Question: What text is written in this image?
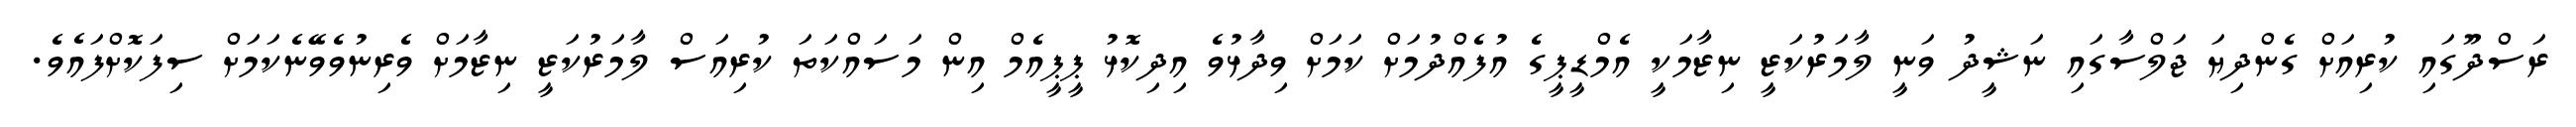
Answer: ރަސްދޫގައި ކުރިއަށް ގެންދިޔަ ޖަލްސާގައި ނަޝީދު ވަނީ ލާމަރުކަޒީ ނިޒާމަކީ އެމްޑީޕީގެ އުފެއްދުމަށް ކަމަށް ވިދާޅުވެ އިދިކޮޅު ޕީޕީއެމް އިން މަސައްކަތަ ކުރިއަސް ލާމަރުކަޒީ ނިޒާމަށް ވެރިނުވެވޭނެކަމަށް ސިފަކޮށްފައެވެ.